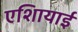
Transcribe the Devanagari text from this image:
एशिायाई